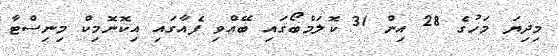
މިދިޔަ މަހުގެ 28 އިން 31 ކޮލަމްބޯގައި ބޭއްވި ފެއާގައި އިކޮނޮމިކް މިނިސްޓާ